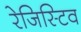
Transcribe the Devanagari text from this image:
रेजिस्टिव